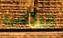
اتركنى